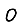
Digit: 0